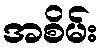
အစိမ်း